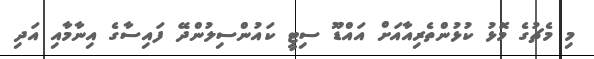
މި މެޗުގެ މޮޅު ކުޅުންތެރިއާއަށް އައްޑޫ ސިޓީ ކައުންސިލުންދޭ ފައިސާގެ އިނާމާއި އަދި